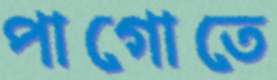
পাগোতে